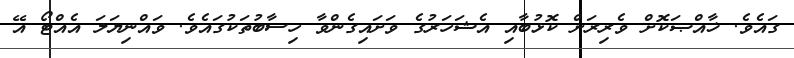
ގައެވެ. ޚާއްޞަކޮށް ވެރިރަށް ކޮޅުބާއި އެޝަހަރުގެ ވަށައިގެންވާ ހިސާބުތަކުގައެވެ. ވައްނިޔަލަ އެއްޓޯ އޭ